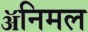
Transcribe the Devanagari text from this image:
ॲनिमल